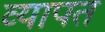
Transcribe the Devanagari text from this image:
व्‍यापत